Indian journal of veterinary science and animal husbandry - Volume 2,
Year: 1932
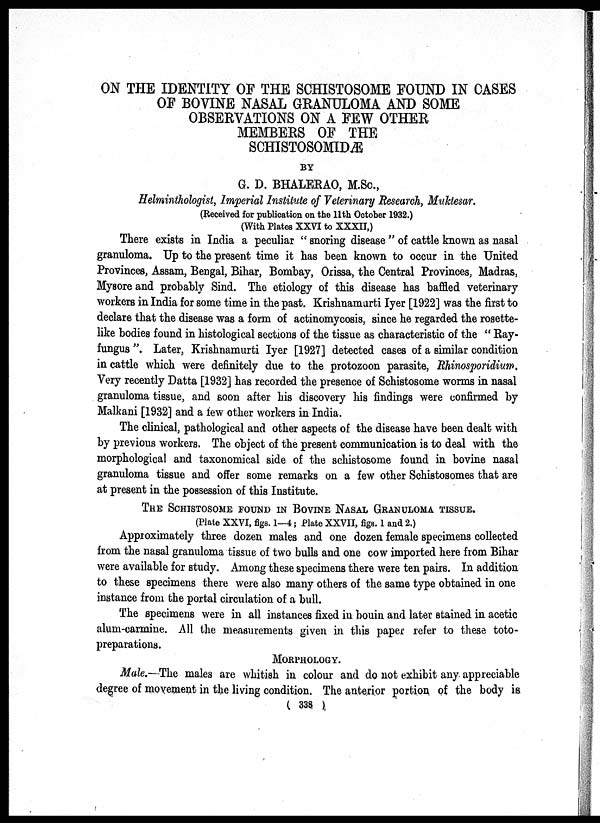
ON THE IDENTITY OF THE SCHISTOSOME FOUND IN CASES
OF BOVINE NASAL GRANULOMA AND SOME
OBSERVATIONS ON A FEW OTHER
MEMBERS OF THE
SCHISTOSOMIDÆ
BY
G. D. BHALERAO, M.Sc.,
Helminthologist, Imperial Institute of Veterinary Research, Muktesar.
(Received for publication on the 11th October 1932.)
(With Plates XXVI to XXXII,)
There exists in India a peculiar " snoring disease " of cattle known as nasal
granuloma. Up to the present time it has been known to occur in the United
Provinces, Assam, Bengal, Bihar, Bombay, Orissa, the Central Provinces, Madras,
Mysore and probably Sind. The etiology of this disease has baffled veterinary
workers in India for some time in the past. Krishnamurti Iyer [1922] was the first to
declare that the disease was a form of actinomycosis, since he regarded the rosette-
like bodies found in histological sections of the tissue as characteristic of the " Ray-
fungus ". Later, Krishnamurti Iyer [1927] detected cases of a similar condition
in cattle which were definitely due to the protozoon parasite, Rhinosporidium.
Very recently Datta [1932] has recorded the presence of Schistosome worms in nasal
granuloma tissue, and soon after his discovery his findings were confirmed by
Malkani [1932] and a few other workers in India.
The clinical, pathological and other aspects of the disease have been dealt with
by previous workers. The object of the present communication is to deal with the
morphological and taxonomical side of the schistosome found in bovine nasal
granuloma tissue and offer some remarks on a few other Schistosomes that are
at present in the possession of this Institute.
THE SCHISTOSOME FOUND IN BOVINE NASAL GRANULOMA TISSUE.
(Plate XXVI, figs. 1—4 ; Plate XXVII, figs. 1 and 2.)
Approximately three dozen males and one dozen female specimens collected
from the nasal granuloma tissue of two bulls and one cow imported here from Bihar
were available for study. Among these specimens there were ten pairs. In addition
to these specimens there were also many others of the same type obtained in one
instance from the portal circulation of a bull.
The specimens were in all instances fixed in bouin and later stained in acetic
alum-carmine. All the measurements given in this paper refer to these toto¬
preparations.
MORPHOLOGY.
Male.—The males are whitish in colour and do not exhibit any appreciable
degree of movement in the living condition. The anterior portion of the body is
( 338 )